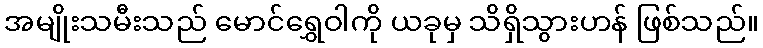
အမျိုးသမီးသည် မောင်ရွှေဝါကို ယခုမှ သိရှိသွားဟန် ဖြစ်သည်။